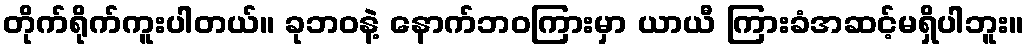
တိုက်ရိုက်ကူးပါတယ်။ ခုဘဝနဲ့ နောက်ဘဝကြားမှာ ယာယီ ကြားခံအဆင့်မရှိပါဘူး။